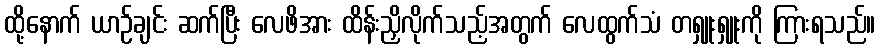
ထို့နောက် ယာဉ်ချင်း ဆက်ပြီး လေဖိအား ထိန်းညှိလိုက်သည့်အတွက် လေထွက်သံ တရှူးရှူးကို ကြားရသည်။